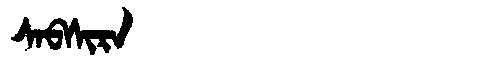
Manchu: ᠰᠠᠪᠰᡳᡵᠠ
Romanization: SABSIRA